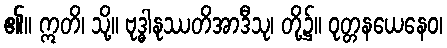
၏။ ဣတိ၊ သို့။ ဗုဒ္ဓါနုဿတိအာဒီသု၊ တို့၌။ ဝုတ္တနယေနေဝ၊